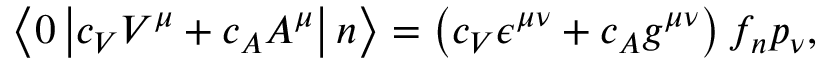
\left< 0 \left| c _ { V } V ^ { \mu } + c _ { A } A ^ { \mu } \right| n \right> = \left( c _ { V } \epsilon ^ { \mu \nu } + c _ { A } g ^ { \mu \nu } \right) f _ { n } p _ { \nu } ,